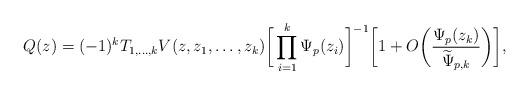
LaTeX: \begin{align*}Q(z)=(-1)^kT_{1,\ldots,k}V(z,z_1,\ldots,z_k)\bigg[\prod^k_{i=1}\Psi_p(z_i)\bigg]^{-1}\bigg[1+O\bigg(\frac{\Psi_p(z_k)}{\widetilde{\Psi}_{p,k}}\bigg)\bigg],\end{align*}